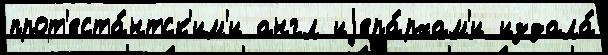
прот'еста́нтск'им'и англ иjера́рхам'и издала́